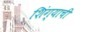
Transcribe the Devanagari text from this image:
शिंग्याची